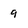
Character: 9